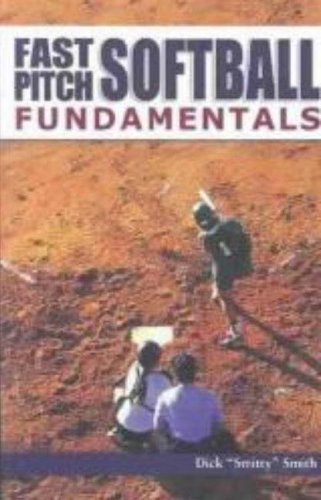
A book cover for Fast Pitch Softball Fundamentals; Dick Smith; Sports & Outdoors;